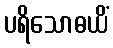
ပရိသောဓယိံ